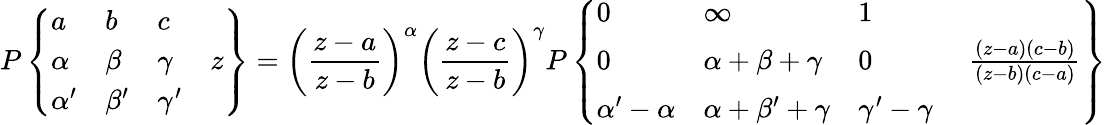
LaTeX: P\left\{ {\begin{array}{llll}{a}&{b}&{c}&{\; }\\ {\alpha}&{\beta}&{\gamma}&{z}\\ {\alpha^{\prime}}&{\beta^{\prime}}&{\gamma^{\prime}}&{\; }\end{array}}\right\} =\left({\frac{z-a}{z-b}}\right)^{\alpha}\left({\frac{z-c}{z-b}}\right)^{\gamma}P\left\{ {\begin{array}{llll}{0}&{\infty}&{1}&{\; }\\ {0}&{\alpha+\beta+\gamma}&{0}&{\; {\frac{(z-a)(c-b)}{(z-b)(c-a)}}}\\ {\alpha^{\prime}-\alpha}&{\alpha+\beta^{\prime}+\gamma}&{\gamma^{\prime}-\gamma}&{\; }\end{array}}\right\}